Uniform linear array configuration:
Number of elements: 8
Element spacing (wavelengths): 0.75
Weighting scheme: kaiser
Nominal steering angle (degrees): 60
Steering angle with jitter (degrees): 60.121
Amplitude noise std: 0.05
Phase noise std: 0.05

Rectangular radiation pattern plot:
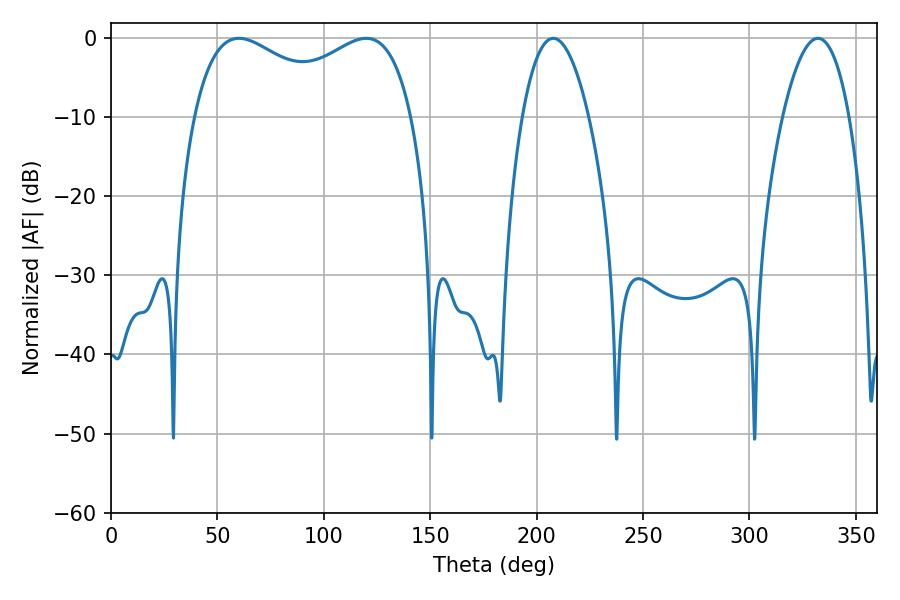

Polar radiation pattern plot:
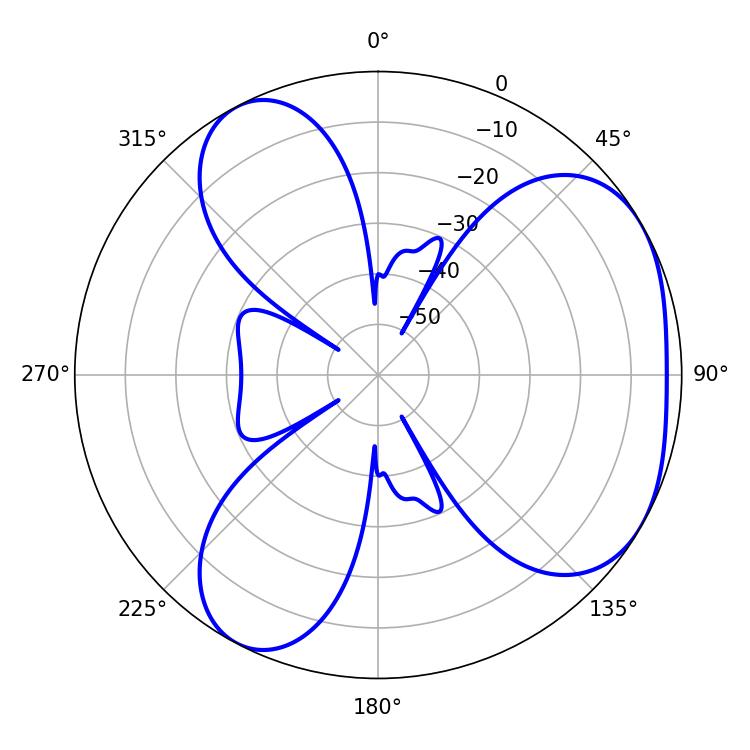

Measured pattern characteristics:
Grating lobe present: TRUE
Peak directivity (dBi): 4.167
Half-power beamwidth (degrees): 85.68
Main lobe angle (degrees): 60.12